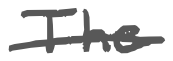
Text: The
Cross-out: single-line
Writing tool: digital_gray